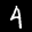
Label: 4